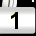
Digit: 1